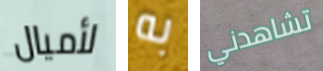
لأميال به تشاهدني